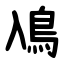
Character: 鳰